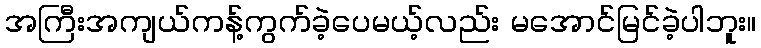
အကြီးအကျယ်ကန့်ကွက်ခဲ့ပေမယ့်လည်း မအောင်မြင်ခဲ့ပါဘူး။